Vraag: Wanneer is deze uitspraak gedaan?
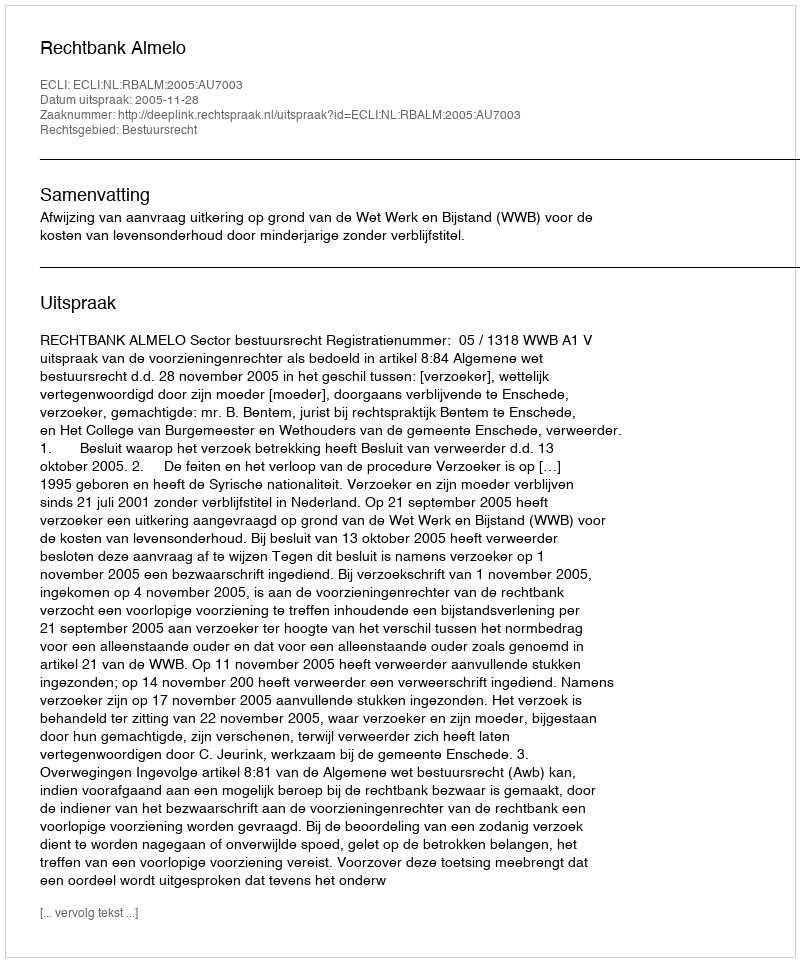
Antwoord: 2005-11-28